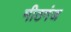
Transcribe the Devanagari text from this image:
मीठगंज